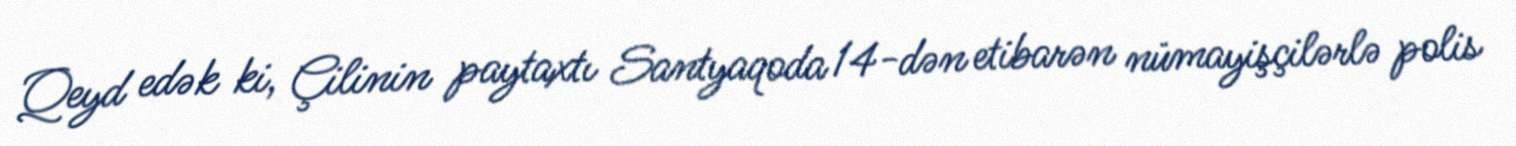
Qeyd edək ki, Çilinin paytaxtı Santyaqoda 14-dən etibarən nümayişçilərlə polis